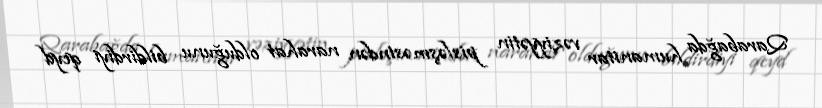
Qarabağda humanitar vəziyyətin pisləşməsindən narahat olduğunu bildirdiyi qeyd